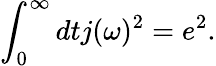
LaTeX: {\int_{0}^{\infty}dtj(\omega)^{2}=e^{2}}.